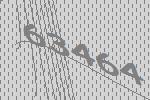
63464